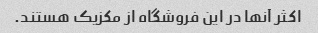
اکثر آنها در این فروشگاه از مکزیک هستند.